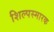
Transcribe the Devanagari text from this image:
शिल्पस्मारक